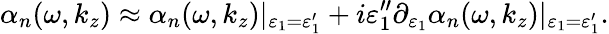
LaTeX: \alpha_{n}(\omega,k_{z})\approx\alpha_{n}(\omega,k_{z})|_{\varepsilon_{1}=\varepsilon_{1}^{\prime}}+i\varepsilon_{1}^{\prime\prime}\partial_{\varepsilon_{1}}\alpha_{n}(\omega,k_{z})|_{\varepsilon_{1}=\varepsilon_{1}^{\prime}}.